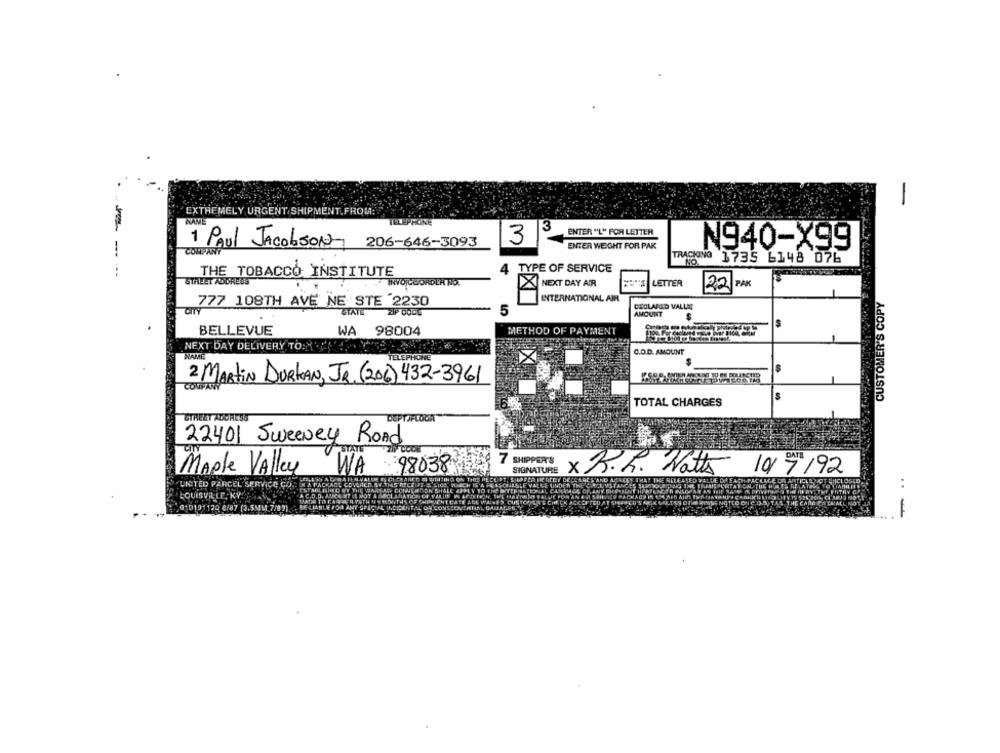
EXTREMELY URGENT SHIPMENT.FROM:
FINE
3
ENTER "L" FOR LETTER
3
1 Paul JacobSON 206-646-3093
ENTER WEIGHT FOR PAK
N940-X99
COMPANY
TRACKING 1735 6148 076
4
TYPE OF SERVICE
THE TOBACCO INSTITUTE
STALET ADDRESS
INVOICEORDLA NO.
NEXT DAY AIR
LETTER
22 PAK
INTERNATIONAL AIR
CUSTOMER'S COPY
777 108TH AVE NE STE 2230
DECLARED VALLEE
CITY
STATE
5
AMOUNT
S
BELLEVUE
WA
98004
METHOD OF PAYMENT
NEXT DAY DELIVERY TO:H
C.D.D. AMOUNT
NAME
TELEPHONE
2 MARTIN DURKAN, JR. (206) 432-3961
S
TOTAL CHARGES
STREET ADDRESS
DEPTIFLOOR
22401 Sweeney Road
7 SHIPPER'S
98038
Maple Valley
WA
SIGNATURE
x R.L. Watts 10/7/92
UNITED PARCEL SERVICE
:
QUISVILLE, KY
010101120 8/87 (3.5MM 7/02)
POR ANT OPICAL INDOENTAE OR CONSCONTI